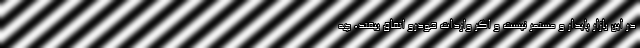
در این بازار پایدار و مستمر نیست و اگر واردات خودرو اتفاق بیفتد، چه